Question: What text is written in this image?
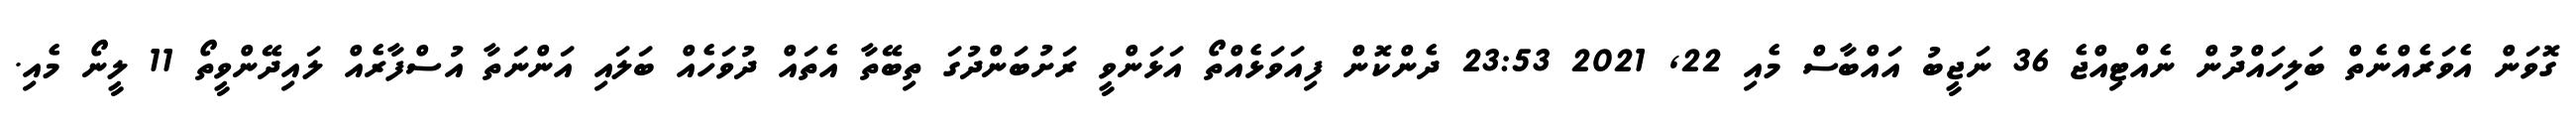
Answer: ގޮވަން އެވަރެއްނެތް ބަލިހައްދުން ނެއްޓިއްޖެ 36 ނަޖީބު އައްބާސް މެއި 22, 2021 23:53 ދެންކޮން ފިއަވަޅެއްތޯ އަޅަންވީ ރަށުބަންދުގަ ތިބޭތާ އެތައް ދުވަހެއް ބަލައި އަންނަތާ އުސްފާރެއް ލައިދޭންވީތޯ 11 ލީނޯ މެއި.